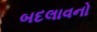
બદલાવનો